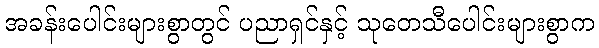
အခန်းပေါင်းများစွာတွင် ပညာရှင်နှင့် သုတေသီပေါင်းများစွာက